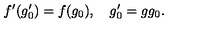
f ^ { \prime } ( g _ { 0 } ^ { \prime } ) = f ( g _ { 0 } ) , \quad g _ { 0 } ^ { \prime } = g g _ { 0 } .